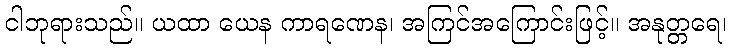
ငါဘုရားသည်။ ယထာ ယေန ကာရဏေန၊ အကြင်အကြောင်းဖြင့်။ အနုတ္တရေ၊